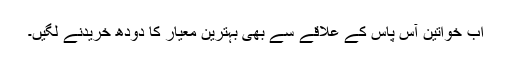
اب خواتین آس پاس کے علاقے سے بھی بہترین معیار کا دودھ خريدنے لگیں۔